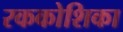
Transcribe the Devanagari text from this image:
रककोशिका